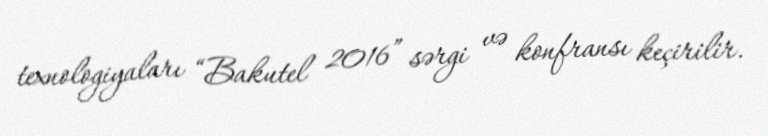
texnologiyaları “Bakutel 2016” sərgi və konfransı keçirilir.